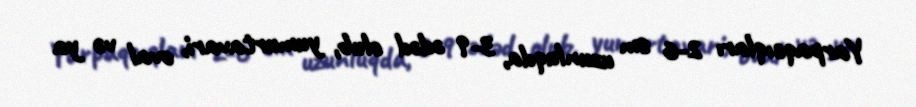
Yarpaqcıqları 2-6 sm uzunluqda, 3-9 ədəd olub, yumurtavari, oval və ya